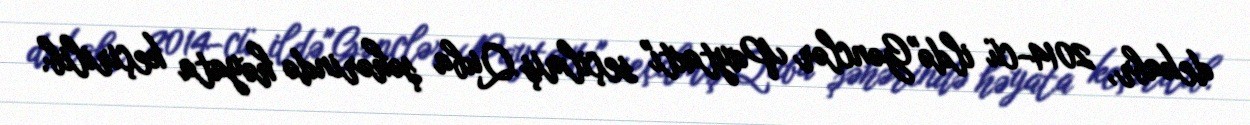
dekabr, 2014-cü ildə"Gənclər Paytaxtı" seçilmiş Quba şəhərində həyata keçirilib.